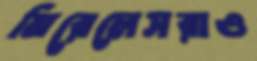
মিরেলেসরাও